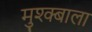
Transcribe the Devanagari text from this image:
मुश्क्बाला